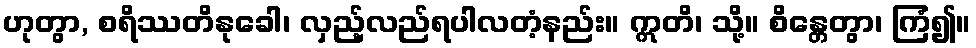
ဟုတွာ, စရိဿတိနုခေါ၊ လှည့်လည်ရပါလတံ့နည်း။ ဣတိ၊ သို့။ စိန္တေတွာ၊ ကြံ၍။